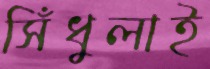
সিঁধুলাই